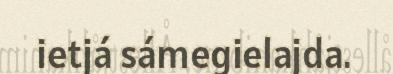
ietjá sámegielajda.